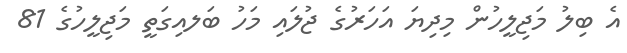
އެ ބިލު މަޖިލީހުން މިދިޔަ އަހަރުގެ ޖުލައި މަހު ބަލއިގަތީ މަޖިލީހުގެ 81